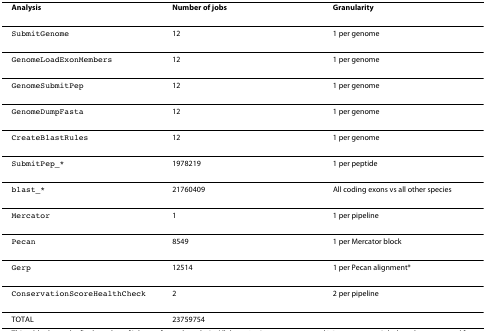
| Analysis | Number of jobs | Granularity |
 | --- | --- | --- |
 | SubmitGenome | 12 | 1 per genome |
 | GenomeLoadExonMembers | 12 | 1 per genome |
 | GenomeSubmitPep | 12 | 1 per genome |
 | GenomeDumpFasta | 12 | 1 per genome |
 | CreateBlastRules | 12 | 1 per genome |
 | SubmitPep_* | 1978219 | 1 per peptide |
 | blast_* | 21760409 | All coding exons vs all other species |
 | Mercator | 1 | 1 per pipeline |
 | Pecan | 8549 | 1 per Mercator block |
 | Gerp | 12514 | 1 per Pecan alignment* |
 | ConservationScoreHealthCheck | 2 | 2 per pipeline |
 | TOTAL | 23759754 |  |